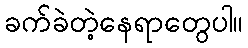
ခက်ခဲတဲ့နေရာတွေပါ။